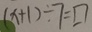
( x + 1 ) \div 7 = \square